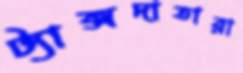
ট্যাক্সদাতারা